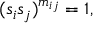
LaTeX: ( s _ { i } s _ { j } ) ^ { m _ { i j } } = 1 ,